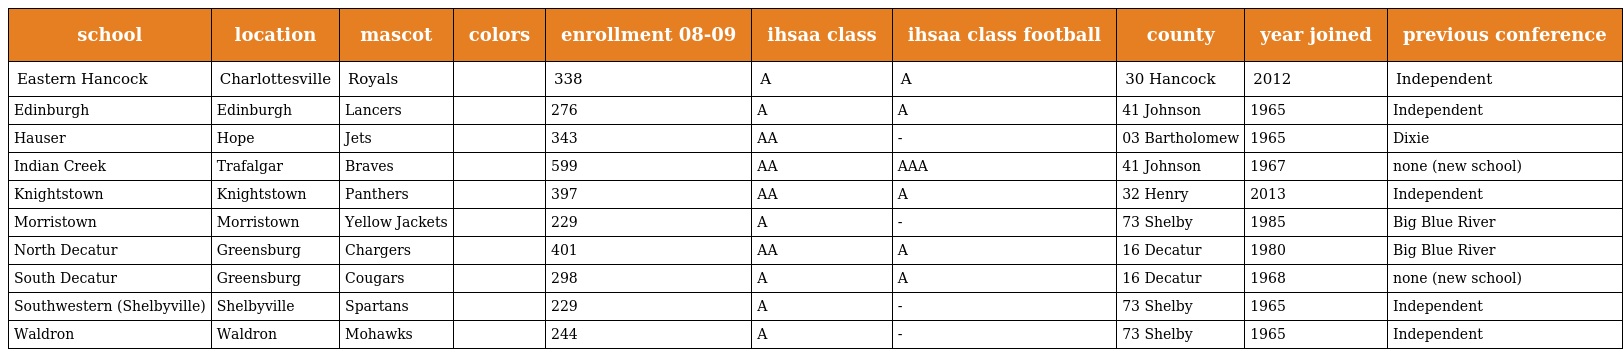
| school | location | mascot | colors | enrollment 08-09 | ihsaa class | ihsaa class football | county | year joined | previous conference |
 | --- | --- | --- | --- | --- | --- | --- | --- | --- | --- |
 | Eastern Hancock | Charlottesville | Royals |  | 338 | A | A | 30 Hancock | 2012 | Independent |
 | Edinburgh | Edinburgh | Lancers |  | 276 | A | A | 41 Johnson | 1965 | Independent |
 | Hauser | Hope | Jets |  | 343 | AA | - | 03 Bartholomew | 1965 | Dixie |
 | Indian Creek | Trafalgar | Braves |  | 599 | AA | AAA | 41 Johnson | 1967 | none (new school) |
 | Knightstown | Knightstown | Panthers |  | 397 | AA | A | 32 Henry | 2013 | Independent |
 | Morristown | Morristown | Yellow Jackets |  | 229 | A | - | 73 Shelby | 1985 | Big Blue River |
 | North Decatur | Greensburg | Chargers |  | 401 | AA | A | 16 Decatur | 1980 | Big Blue River |
 | South Decatur | Greensburg | Cougars |  | 298 | A | A | 16 Decatur | 1968 | none (new school) |
 | Southwestern (Shelbyville) | Shelbyville | Spartans |  | 229 | A | - | 73 Shelby | 1965 | Independent |
 | Waldron | Waldron | Mohawks |  | 244 | A | - | 73 Shelby | 1965 | Independent |